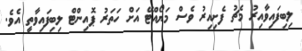
ލިބިފައިވާއިރު މެޗު ފެށިއިރު ވެސް މަޔޯއްޓޭ އަށް ހަތަރު ޕޮއިންޓް ލިބިފައިވާތީ އެވެ.